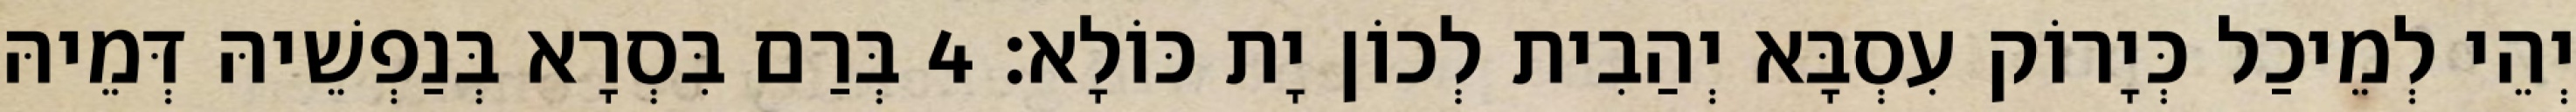
יְהֵי לְמֵיכַל כְּיָרוֹק עִסְבָּא יְהַבִית לְכוֹן יָת כּוֹלָא׃ 4 בְּרַם בִּסְרָא בְּנַפְשֵׁיהּ דְּמֵיהּ